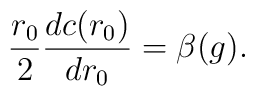
\frac{r_0}{2}\frac{d c(r_0)}{d{r_0}}=\beta(g).